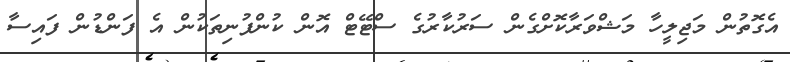
އެގޮތުން މަޖިލީހާ މަޝްވަރާކޮށްގެން ސަރުކާރުގެ ސްޓޭޓް އޮން ކުންފުނިތަކުން އެ ފަންޑުން ފައިސާ